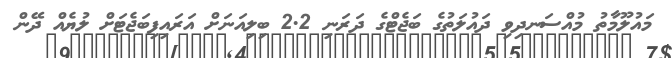
މައުލޫމާތު މުއްސަނދިވި ދައުލަތުގެ ބަޖެޓްގެ ދަރަނި 2.2 ބިލިއަނަށް އަރައިފިބަޖެޓަށް ލުޔެއް ދޭން